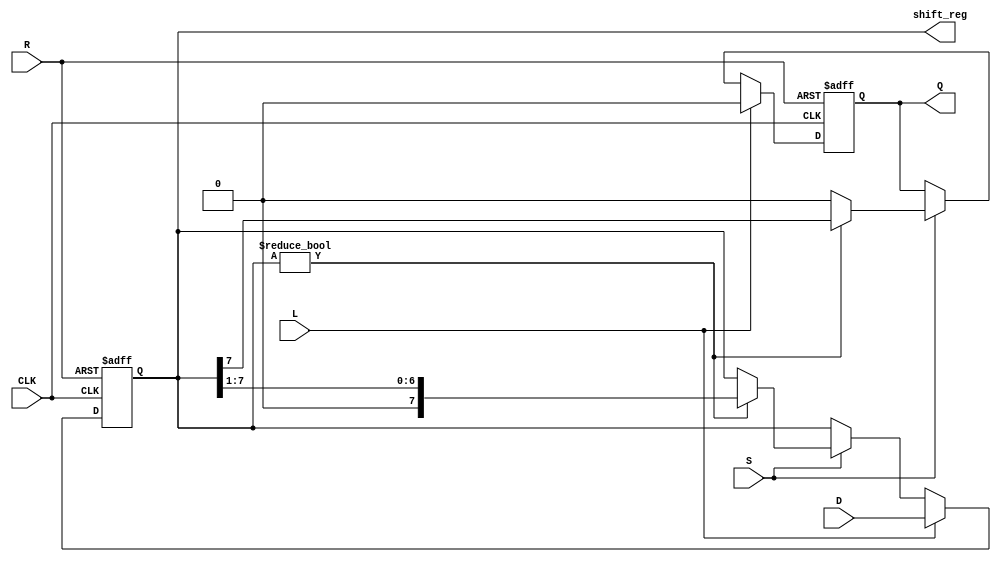
module PISO_Register #(
    parameter n = 8  // Parameter for the width of the parallel data input
)(
    input wire [n-1:0] D,  // Parallel data input
    input wire L,          // Load signal
    input wire S,          // Shift signal
    input wire CLK,        // Clock signal
    input wire R,          // Reset signal
    output reg Q,          // Serial output
    output reg [n-1:0] shift_reg // Internal shift register
);

always @(posedge CLK or posedge R) begin
    // Asynchronous reset
    if (R) begin
        shift_reg <= {n{1'b0}}; // Clear the shift register
        Q <= 1'b0;              // Clear the serial output
    end else begin
        // Load operation
        if (L) begin
            shift_reg <= D;     // Load parallel data into the shift register
            Q <= 1'b0;          // Reset serial output while loading
        end
        // Shift operation
        else if (S) begin
            if (shift_reg != 0) begin
                Q <= shift_reg[n-1]; // Output the MSB as the serial output
                shift_reg <= {1'b0, shift_reg[n-1:1]}; // Shift right
            end else begin
                Q <= 1'b0; // If shift register is empty, output 0
            end
        end
    end
end

endmodule